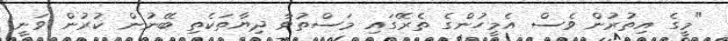
"މީގެ އިތުރުން ވެސް އެމީހުންގެ ތެރޭގައި މަސްތުވާ ދިޔާތަކެތި ބޭނުން ކުރުން ވަނީ